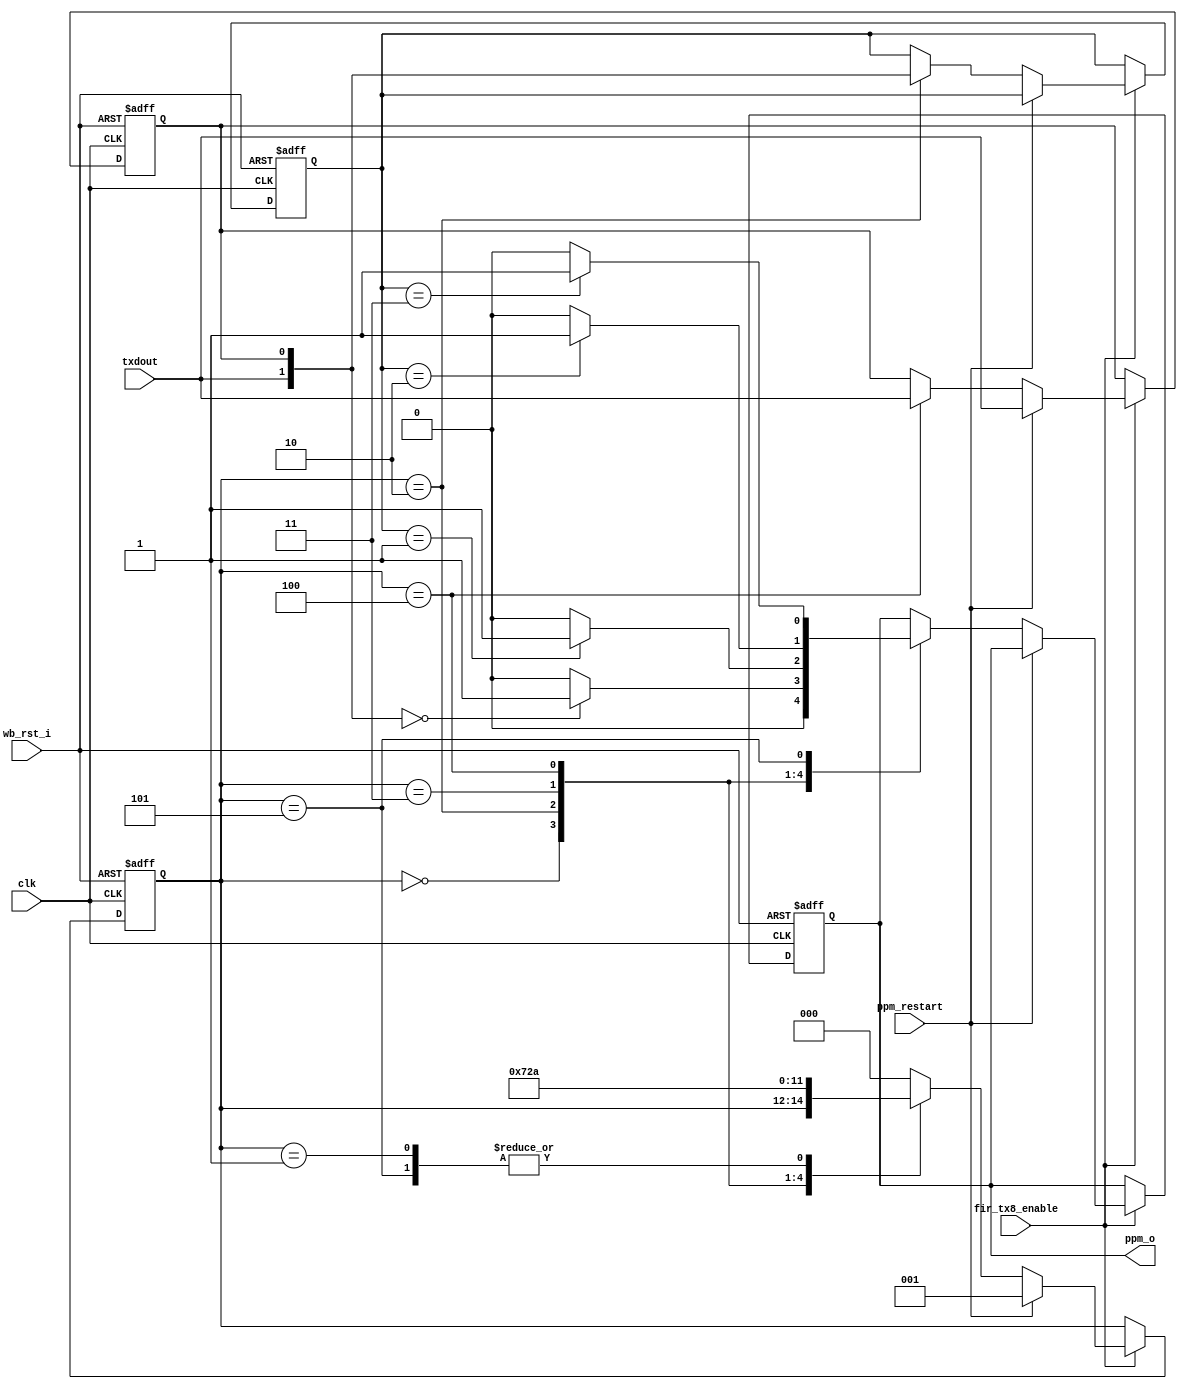
module irda_fir_4ppm_encoder (clk, wb_rst_i, ppm_restart, fir_tx8_enable, 
		 txdout, ppm_o);

input		clk;
input		wb_rst_i;
input		ppm_restart;
input		fir_tx8_enable;
input		txdout; // input to the module is output from the CRC module

output	ppm_o;

reg			ppm_o;


reg	buffer;
reg	[1:0] dbp;
reg	[2:0]	ppm_state;

always @(posedge clk or posedge wb_rst_i)
begin
	if (wb_rst_i) begin
		buffer <= #1 0;
		dbp <= #1 0;
		ppm_state <= #1 0;
		ppm_o <= #1 0;
	end else if (fir_tx8_enable) begin
		if (ppm_restart) begin
			buffer <= #1 txdout;
			ppm_state <= #1 1;
		end else
		case (ppm_state)
			0:	ppm_o <= #1 0; // comes here after reset and out only on ppm_restart
			1: ppm_state <= #1 2;
			2: begin
					ppm_state <= #1 3;
					dbp <= #1 {txdout, buffer};
					case ({txdout, buffer})
						2'b00 : ppm_o <= #1 1; 
						default : ppm_o <= #1 0;
					endcase
				end
			3: begin
					ppm_state <= #1 4;
					case (dbp)
						2'b01 :ppm_o <= #1 1; 
						default : ppm_o <= #1 0;
					endcase
				end
			4: begin
					ppm_state <= #1 5;
					buffer <= #1 txdout;
					case (dbp)
						2'b10 :ppm_o <= #1 1; 
						default : ppm_o <= #1 0;
					endcase
				end
			5: begin
					ppm_state <= #1 2;
					case (dbp)
						2'b11 :ppm_o <= #1 1; 
						default : ppm_o <= #1 0;
					endcase
				end
			default : ppm_state <= #1 0;
		endcase
	end
end
endmodule